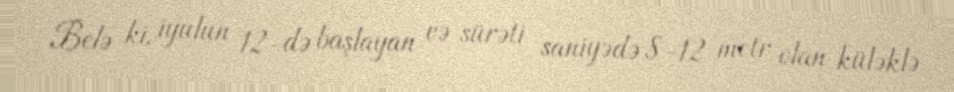
Belə ki, iyulun 12-də başlayan və sürəti saniyədə 8-12 metr olan küləklə